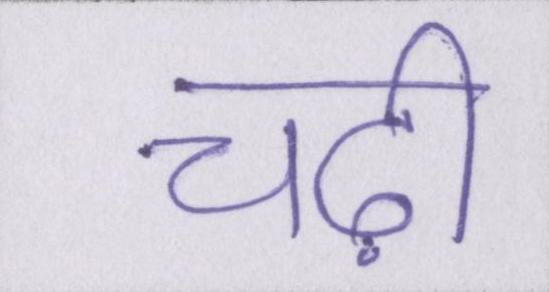
चढ़ी